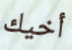
أخيك